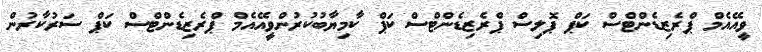
ވީއޭއެމް ޕްރެޒިޑެންޓްސް ކަޕް ޕޮލިސް ޕްރެޒިޑެންޓްސް ކަޕް ކާމިޔާބުކުރުންވީއޭއެމް ޕްރެޒިޑެންޓްސް ކަޕް ސަރުކާރުން